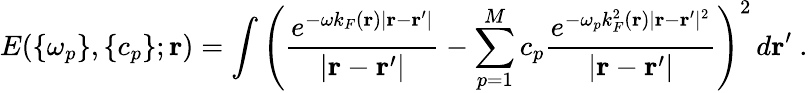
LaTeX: E(\{ \omega_{p}\} ,\{ c_{p}\} ;\mathbf{r})=\displaystyle\int\left(\frac{e^{-\omega k_{F}(\mathbf{r})|\mathbf{r}-\mathbf{r}^{\prime}|}}{|\mathbf{r}-\mathbf{r}^{\prime}|}-\displaystyle\sum_{p=1}^{M}c_{p}\frac{e^{-\omega_{p}k_{F}^{2}(\mathbf{r})|\mathbf{r}-\mathbf{r}^{\prime}|^{2}}}{|\mathbf{r}-\mathbf{r}^{\prime}|}\right)^{2}\, d\mathbf{r}^{\prime}\ .